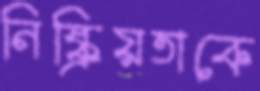
নিষ্ক্রিয়তাকে